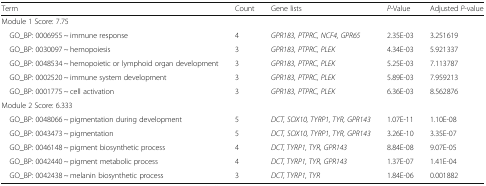
<table><thead><tr><td><b>Term</b></td><td><b>Count</b></td><td><b>Gene lists</b></td><td><b><i>P</i>-Value</b></td><td><b>Adjusted <i>P</i>-value</b></td></tr></thead><tbody><tr><td colspan="5">Module 1 Score: 7.75</td></tr><tr><td> GO_BP: 0006955 ~ immune response</td><td>4</td><td><i>GPR183, PTPRC, NCF4, GPR65</i></td><td>2.35E-03</td><td>3.251619</td></tr><tr><td> GO_BP: 0030097 ~ hemopoiesis</td><td>3</td><td><i>GPR183, PTPRC, PLEK</i></td><td>4.34E-03</td><td>5.921337</td></tr><tr><td> GO_BP: 0048534 ~ hemopoietic or lymphoid organ development</td><td>3</td><td><i>GPR183, PTPRC, PLEK</i></td><td>5.25E-03</td><td>7.113787</td></tr><tr><td> GO_BP: 0002520 ~ immune system development</td><td>3</td><td><i>GPR183, PTPRC, PLEK</i></td><td>5.89E-03</td><td>7.959213</td></tr><tr><td> GO_BP: 0001775 ~ cell activation</td><td>3</td><td><i>GPR183, PTPRC, PLEK</i></td><td>6.36E-03</td><td>8.562876</td></tr><tr><td colspan="5">Module 2 Score: 6.333</td></tr><tr><td> GO_BP: 0048066 ~ pigmentation during development</td><td>5</td><td><i>DCT, SOX10, TYRP1, TYR, GPR143</i></td><td>1.07E-11</td><td>1.10E-08</td></tr><tr><td> GO_BP: 0043473 ~ pigmentation</td><td>5</td><td><i>DCT, SOX10, TYRP1, TYR, GPR143</i></td><td>3.26E-10</td><td>3.35E-07</td></tr><tr><td> GO_BP: 0046148 ~ pigment biosynthetic process</td><td>4</td><td><i>DCT, TYRP1, TYR, GPR143</i></td><td>8.84E-08</td><td>9.07E-05</td></tr><tr><td> GO_BP: 0042440 ~ pigment metabolic process</td><td>4</td><td><i>DCT, TYRP1, TYR, GPR143</i></td><td>1.37E-07</td><td>1.41E-04</td></tr><tr><td> GO_BP: 0042438 ~ melanin biosynthetic process</td><td>3</td><td><i>DCT, TYRP1, TYR</i></td><td>1.84E-06</td><td>0.001882</td></tr></tbody></table>